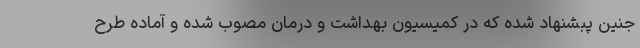
جنین پبشنهاد شده که در کمیسیون بهداشت و درمان مصوب شده و آماده طرح